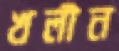
খলীন